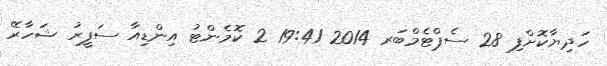
ހަދިޔާކޮށްފި 28 ސެޕްޓެމްބަރ 2014 19:41 2 ކޮމެންޓު އިންޑިއާ ސަފީރު ޝަހާރޭ